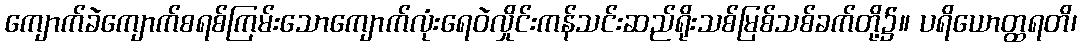
ကျောက်ခဲကျောက်စရစ်ကြမ်းသောကျောက်လုံးရေဝဲလှိုင်းကန်သင်းဆည်ရိုးသစ်မြစ်သစ်ခက်တို့၌။ ပရိယောတ္ထရတိ၊